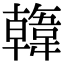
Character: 𩏑